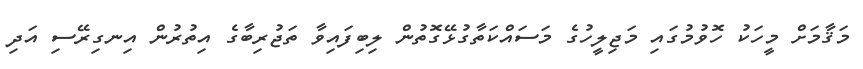
މަޤާމަށް މީހަކު ހޮވުމުގައި މަޖިލީހުގެ މަސައްކަތާގުޅޭގޮތުން ލިބިފައިވާ ތަޖުރިބާގެ އިތުރުން އިނގިރޭސި އަދި